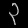
Digit: ၃